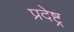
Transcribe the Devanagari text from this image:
प्रदेष्ट्र